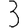
Digit: 3